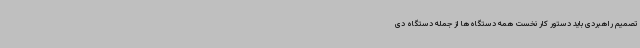
تصمیم راهبردی باید دستور کار نخست همه دستگاه‌ها از جمله دستگاه دی